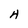
Character: 4